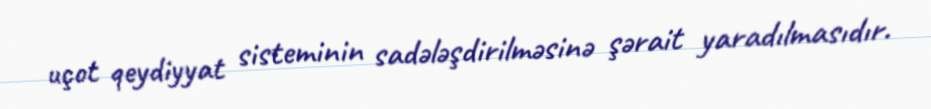
uçot qeydiyyat sisteminin sadələşdirilməsinə şərait yaradılmasıdır.